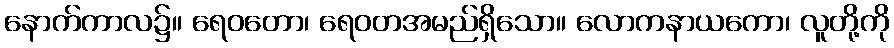
နောက်ကာလ၌။ ရေဝတော၊ ရေဝတအမည်ရှိသော။ လောကနာယကော၊ လူတို့ကို